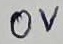
Text: 0V